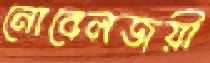
নোবেলজয়ী